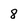
Character: 8